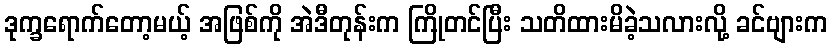
ဒုက္ခရောက်တော့မယ့် အဖြစ်ကို အဲဒီတုန်းက ကြိုတင်ပြီး သတိထားမိခဲ့သလားလို့ ခင်ဗျားက